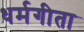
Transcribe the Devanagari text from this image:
धर्मगीता